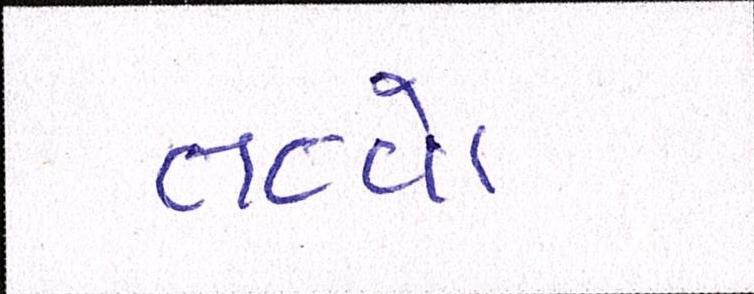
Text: તત્ત્વો